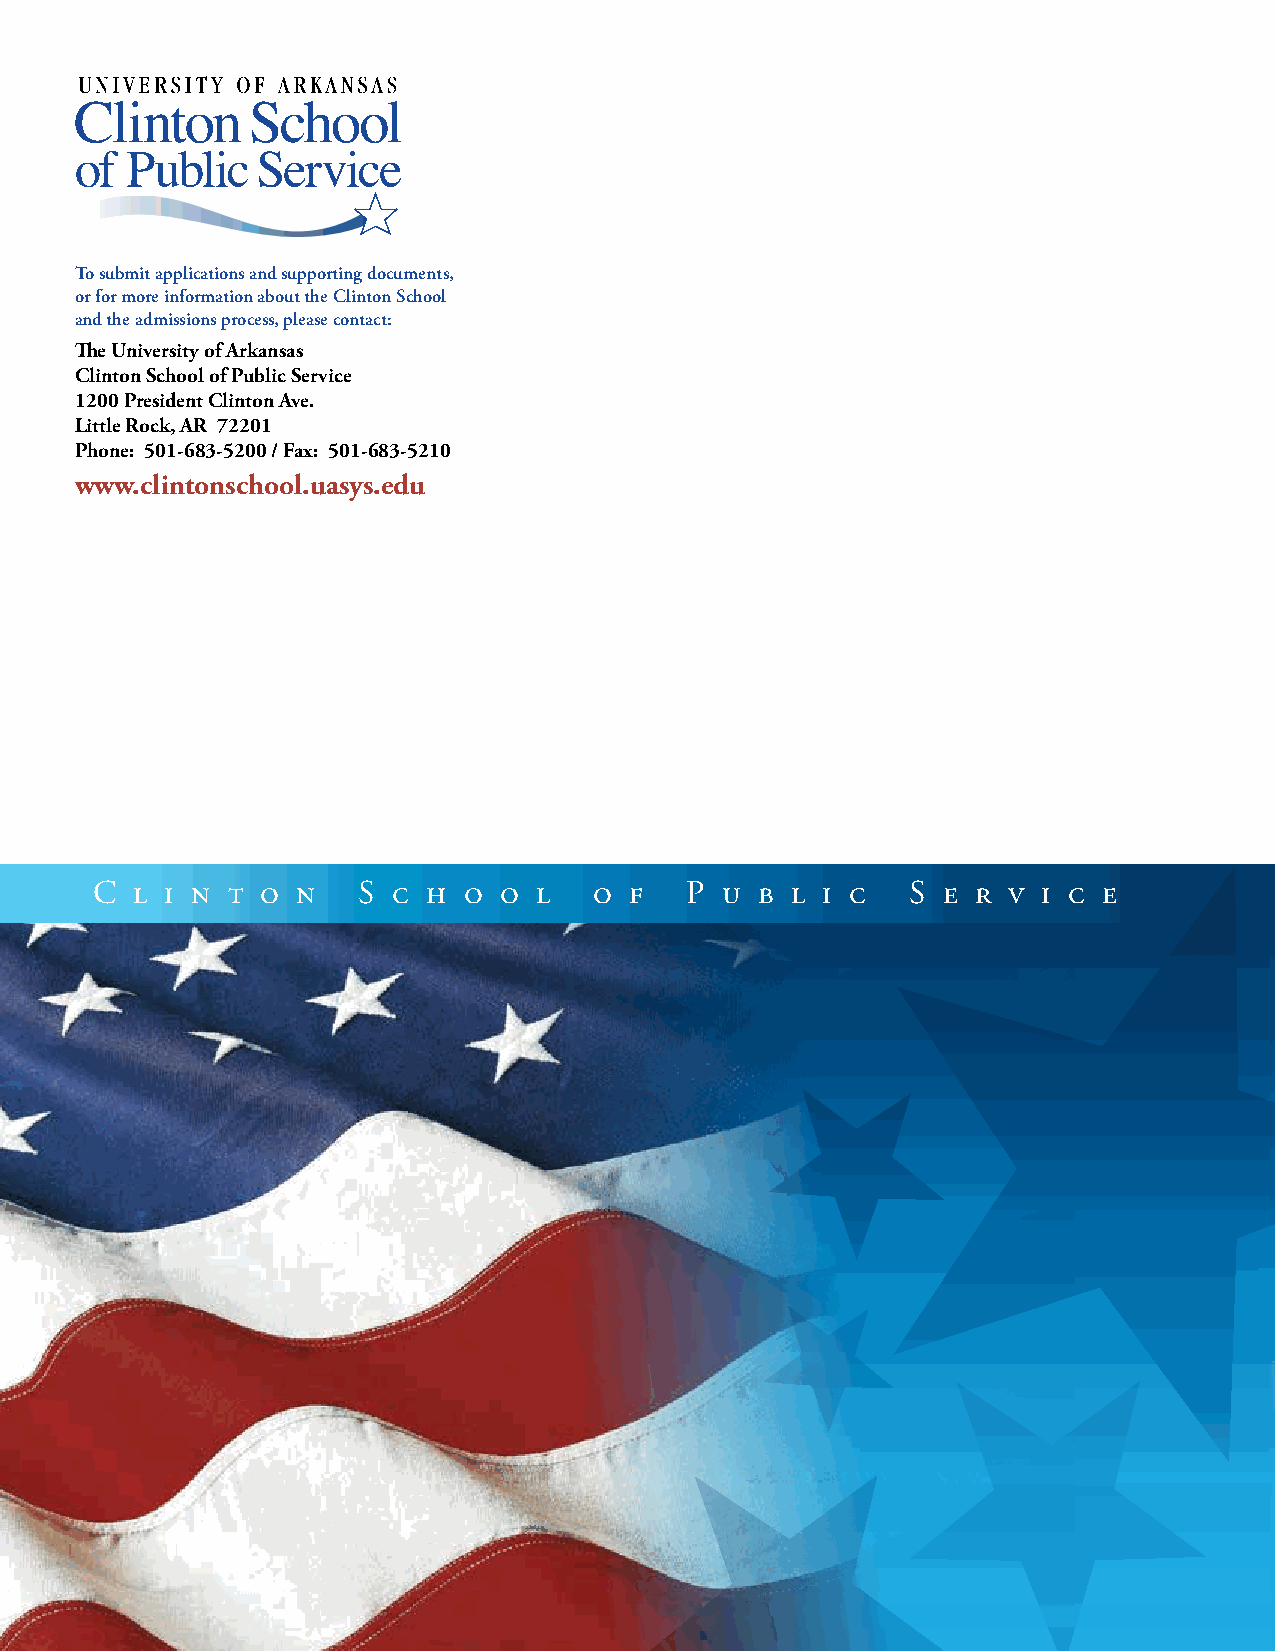
To submit applications and supporting documents,
 or for more information about the Clinton School
 and the admissions process, please contact:
 The University of Arkansas
 Clinton School of Public Service
 1200 President Clinton Ave.
 Little Rock, AR 72201
 Phone: 501-683-5200 / Fax: 501-683-5210
 www.clintonschool.uasys.edu
 C  l i n t o  n   S c h  o o  l  o  f  P  u b l i c   S e  r v i c e